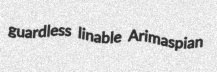
guardless linable Arimaspian